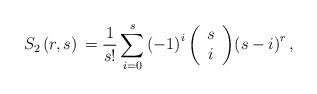
LaTeX: \begin{align*} S_2\left( {r,s} \right){\rm{}} = {\rm{ }}\frac{1}{{s!}}{\rm{ }}\sum\limits_{i = 0}^s {{{( -1)}^i} \left( {\begin{array}{*{20}{c}}s\\i\end{array}} \right)} {\left( {s - i} \right)^r}\, ,\end{align*}